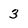
Character: 3